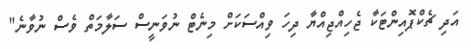
އަދި ޗެކްޕޮއިންޓަކާ ޖެހިއްޖިއްޔާ ދިހަ ވިއްސަކަށް މިނެޓް ނުވަނީސް ސަލާމަތް ވެސް ނުވާނެ"